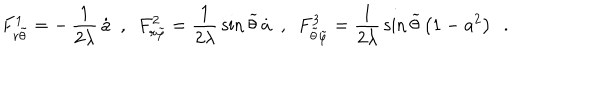
F _ { r { \tilde { \theta } } } ^ { 1 } = - \, \frac { 1 } { 2 \lambda } \, { \dot { a } } ~ ~ , ~ ~ F _ { r { \tilde { \varphi } } } ^ { 2 } = \frac { 1 } { 2 \lambda } \, { \sin { \widetilde { \theta } } \, { \dot { a } } } ~ ~ , ~ ~ F _ { { \tilde { \theta } } { \tilde { \varphi } } } ^ { 3 } = \frac { 1 } { 2 \lambda } \, { \sin { \widetilde { \theta } } } \left( 1 - a ^ { 2 } \right) ~ ~ .